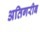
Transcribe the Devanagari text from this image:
अतिगरीब